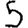
Digit: 5